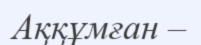
Аққұмған –